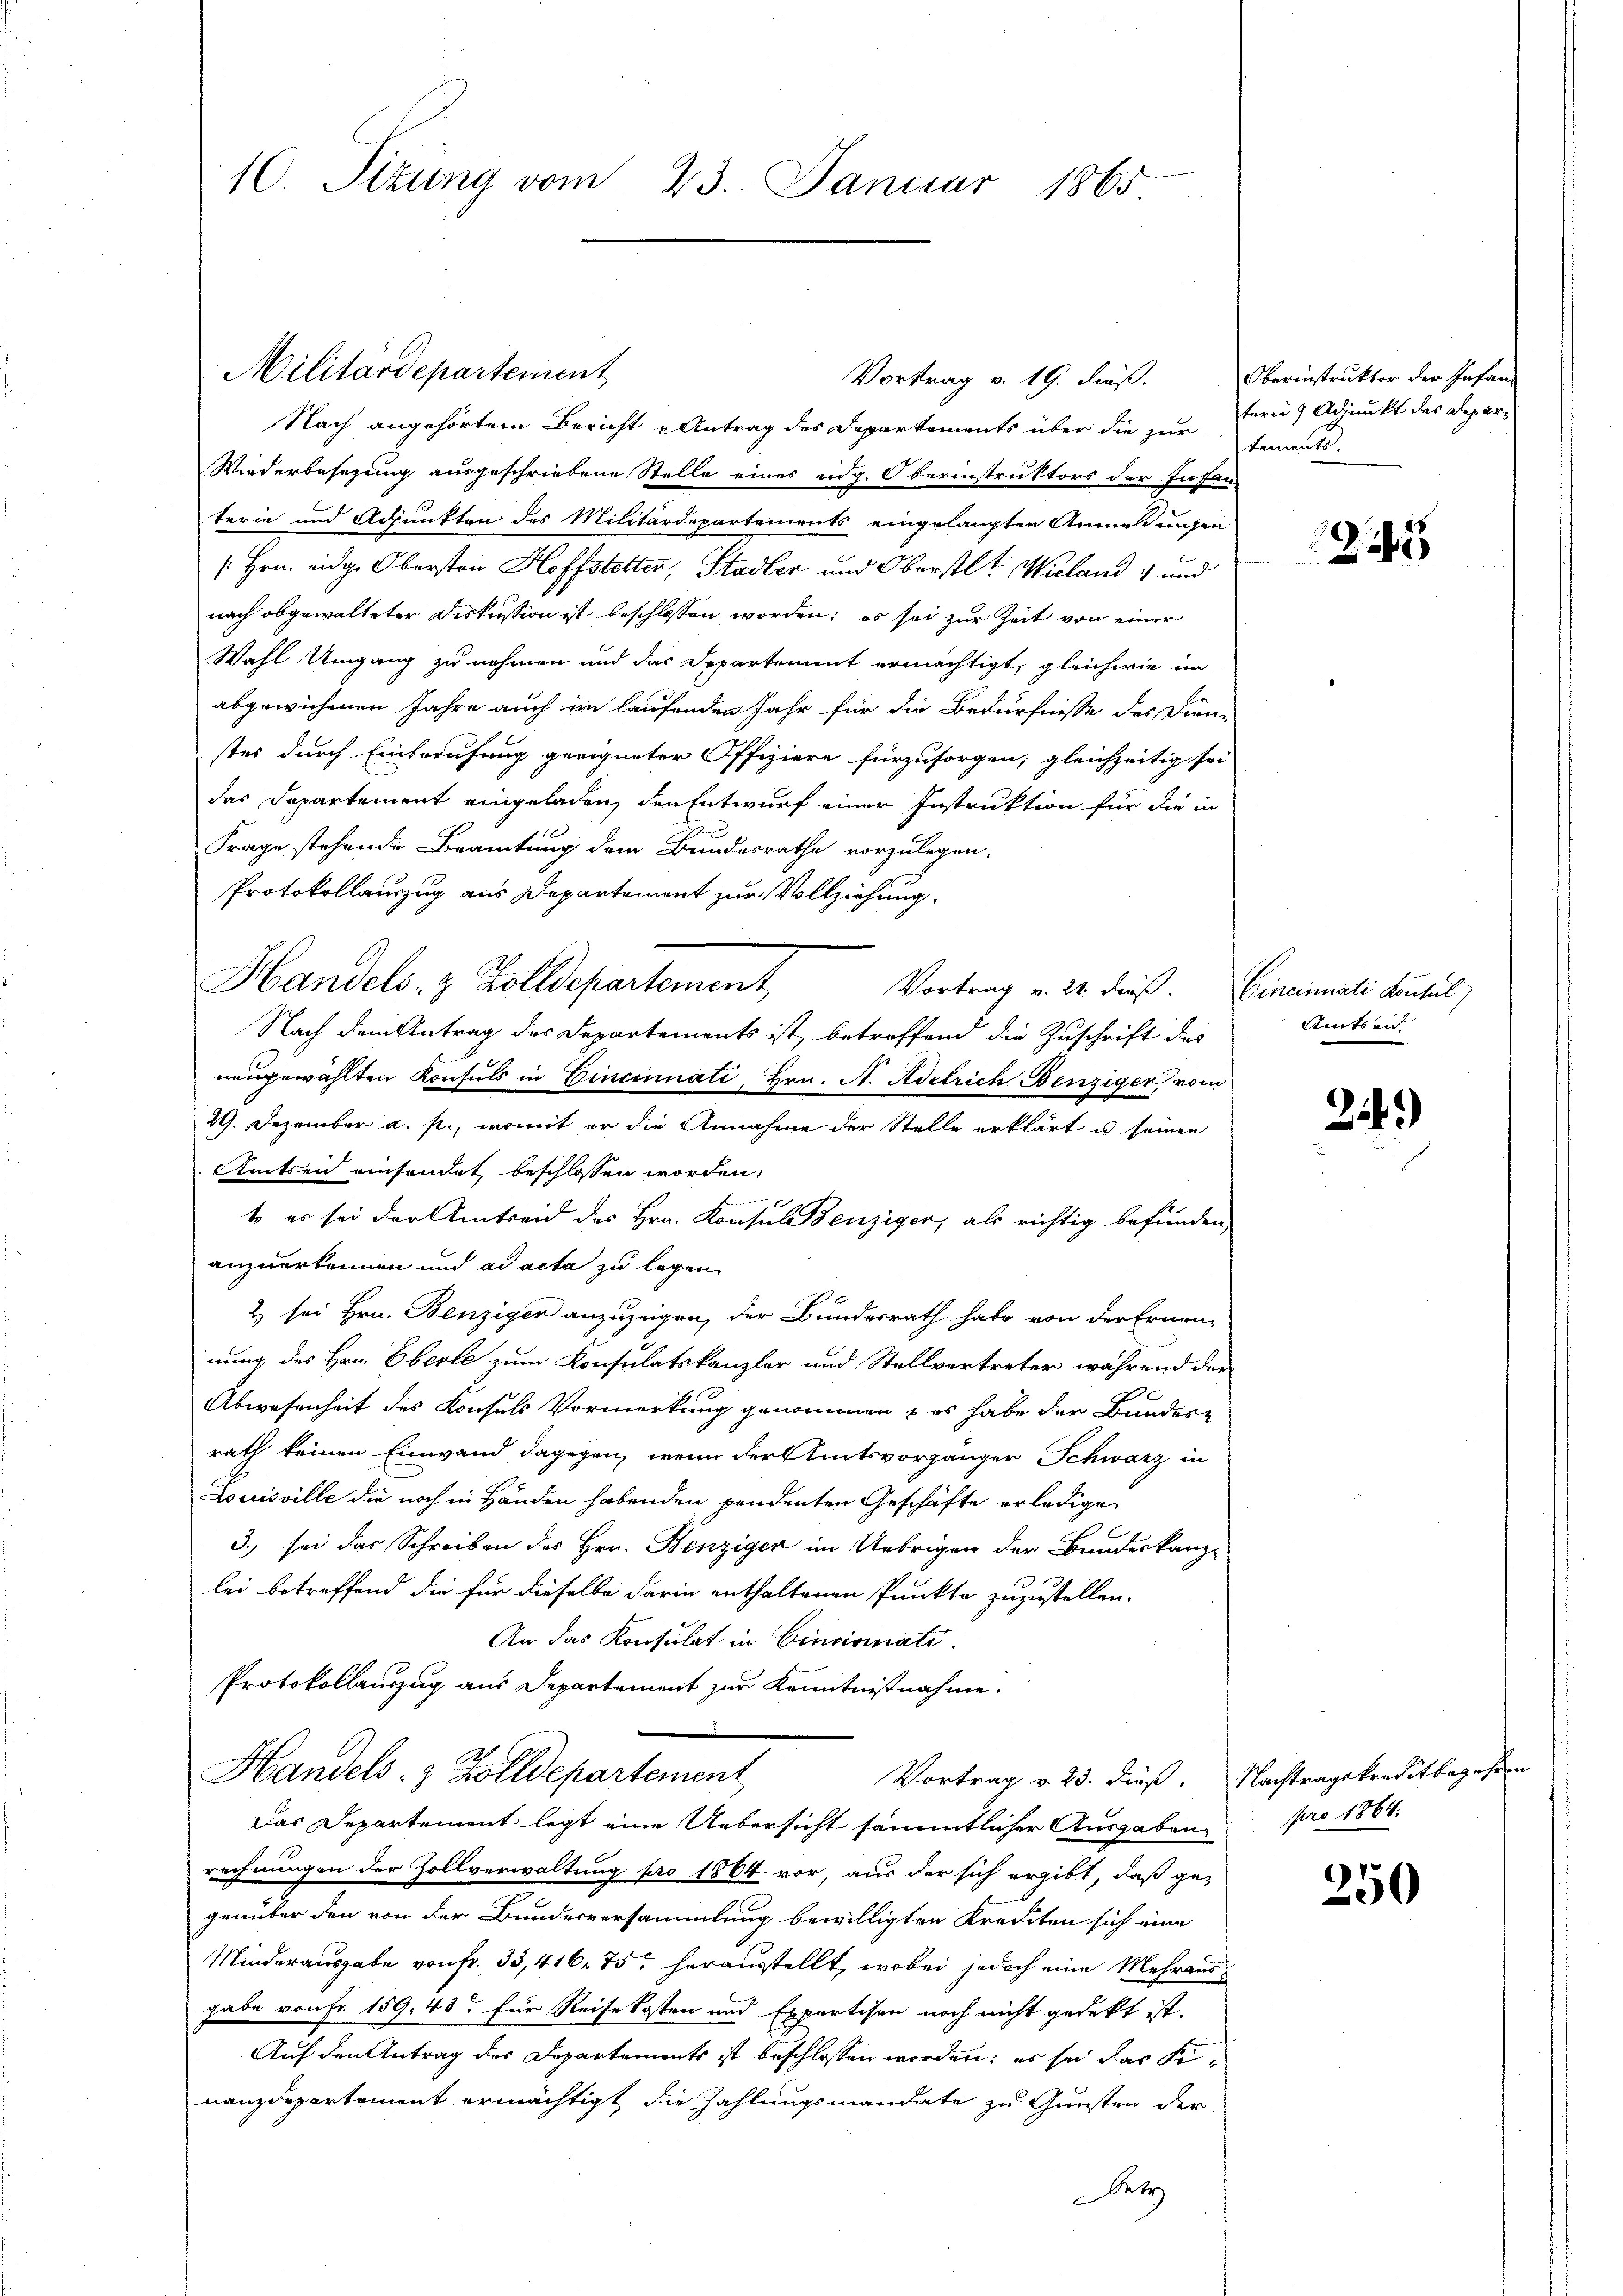
10. Sizung vom 23. Januar 1865

Militärdepartement

Handels- & Zolldepartement

Vortrag v. 19. dieß.
Nach angehörtem Bericht u Antrag des Departements über die zur tements
Wiederbesezung ausgeschriebene Stelle eines eidg. Oberinstruktors der Infan
terin und Achunkten des Militärdepartements eingelangten Anmeldungen
[Hrn. eidg. Obersten Hoffstetter, Stadler und Oberstl. Wieland und
nach abgewalteter Diskussion ist beschlossen worden; es sei zur Zeit von einer
Wahl Umgang zu nehmen und das Departement ermächtigt, gleichwie im
abgewichenen Jahre auch im laufenden Jahr für die Bedürfnisse des Dien-
stes durch Einberufung geeigneter Offiziere fürzusorgen; gleichzeitig sei
das Departement eingeladen, den Entwurf einer Instruktion für die in
Frage stehende Beamtung dem Bundesrathe vorzulegen.
Protokollauszug aus Departement zur Vollziehung.
Nach dem Antrag des Departements ist betreffend die Zuschrift des
neugewählten Konsuls in Cincinnati, Hrn. A. Adelrich Benziger vom
29. Dezember a. p., womit er die Annahme der Stelle erklärt u seinen
Amtsen einsendet beschlossen worden,
.
t es sei der entsend des Hrn. Konsulenziger, als richtig befunden
anzuerkennen und ad acta zu legen.
2 sei Hrn. Benziger anzuzeigen, der Bundesrath habe von der Ernen-
nung des Hrn. Eberle zum Konsulatskanzler und Stellvertreter während der
Abwesenheit des Konsuls Vormerkung genommen & es habe der Bundere
rath keinen Einwand dagegen, wenn der Amtsvorgänger Schwarz in
Louisville die noch in Händen habenden pendenten Geschäfte erledige.
3., sei das Schreiben des Hrn. Benziger im Uebrigen der Bundeskanz-
lei betreffend die für dieselbe darin enthaltenen Punkte zuzustellen.
An das Konsulat in Cincisenate.
Protokollauszug aus Departement zur Kenntnisnahme.
Handels- & Zolldepartement
Vortrag v. 23. dieß. Nachtragskreditbegehren
Das Departement legt eine Uebersicht sämmtlicher Ausgaben,
rechnungen der Zollverwaltung pro 1864 vor, aus der sich ergibt, daß ge-
genüber den von der Bundesversammlung bewilligten Krediten sich eine
Minderausgabe von fr. 33,416 75 herausstellt, wobei jedoch eine Mehrausgabe von Fr. 159. 43 für Reisekosten und Expertisen noch nicht gedekt ist.
Auf den Antrag des Departements ist beschlossen worden; es sei das Finanzdepartement ermächtigt die Zahlungsmandate zu Gunsten der
Bet

Vortrag v. 21. dieß. Eineinnati Kontul)

Oberinstruktor der Infan
terin 9 Adjunkt des Depar¬

25

Amtseid

21.)

pro 1864.

250